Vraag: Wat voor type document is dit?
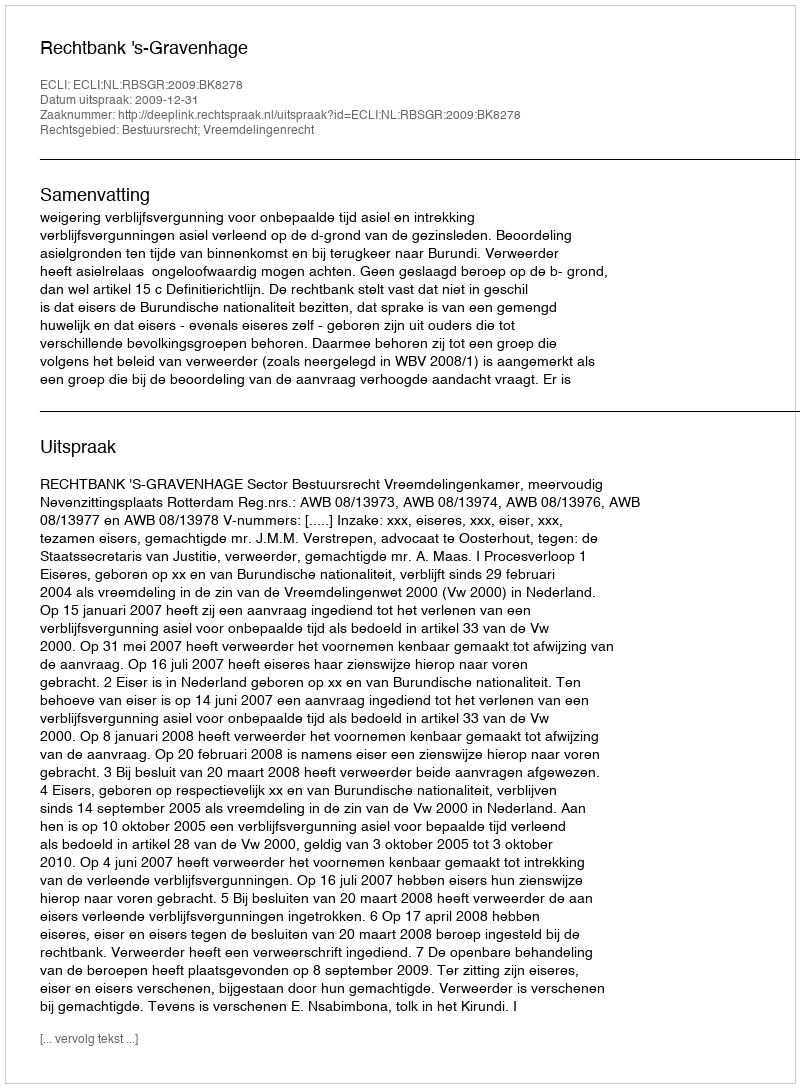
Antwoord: Uitspraak